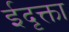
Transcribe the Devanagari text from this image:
ईदृक्ता